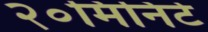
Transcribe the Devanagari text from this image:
२०मिनिटे